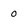
Character: o